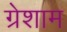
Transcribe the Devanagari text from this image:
ग्रेशाम